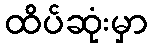
ထိပ်ဆုံးမှာ